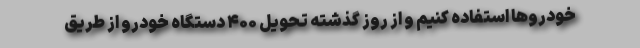
خودروها استفاده کنیم و از روز گذشته تحویل ۴۰۰ دستگاه خودرو از طریق